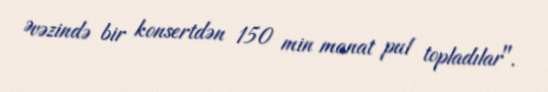
Əvəzində bir konsertdən 150 min manat pul topladılar".